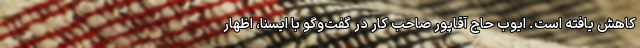
کاهش یافته است. ایوب حاج آقاپور صاحب کار در گفت‌وگو با ایسنا، اظهار